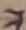
Text: 7